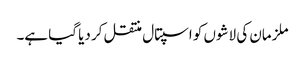
ملزمان کی لاشوں کو اسپتال منتقل کر دیا گیا ہے۔